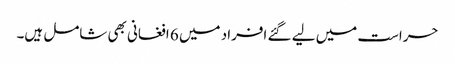
حراست میں لیے گئے افراد میں 6 افغانی بھی شامل ہیں۔